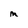
Character: M